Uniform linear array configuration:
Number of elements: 32
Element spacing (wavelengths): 0.75
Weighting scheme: exponential
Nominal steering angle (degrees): -15
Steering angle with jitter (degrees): -16.607
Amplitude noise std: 0.05
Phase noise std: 0.05

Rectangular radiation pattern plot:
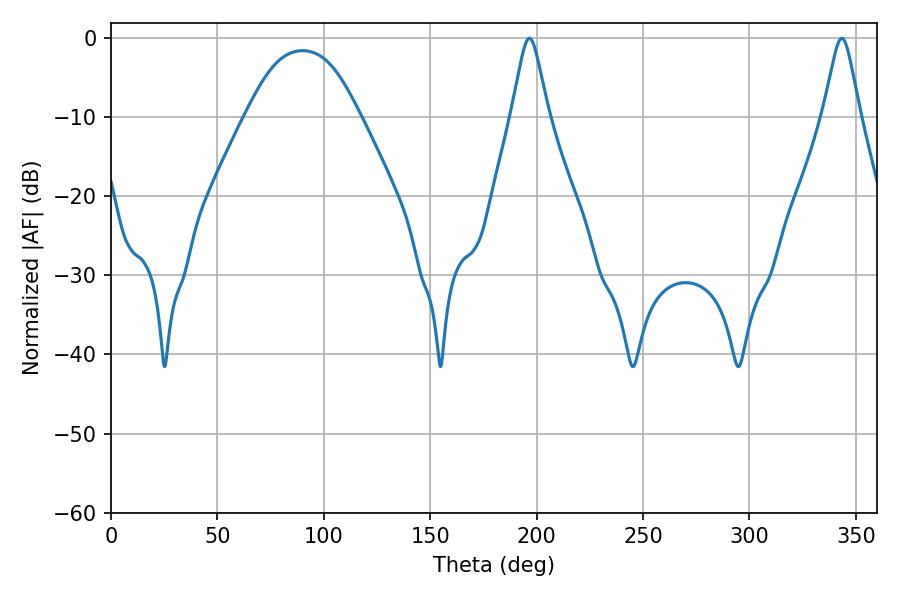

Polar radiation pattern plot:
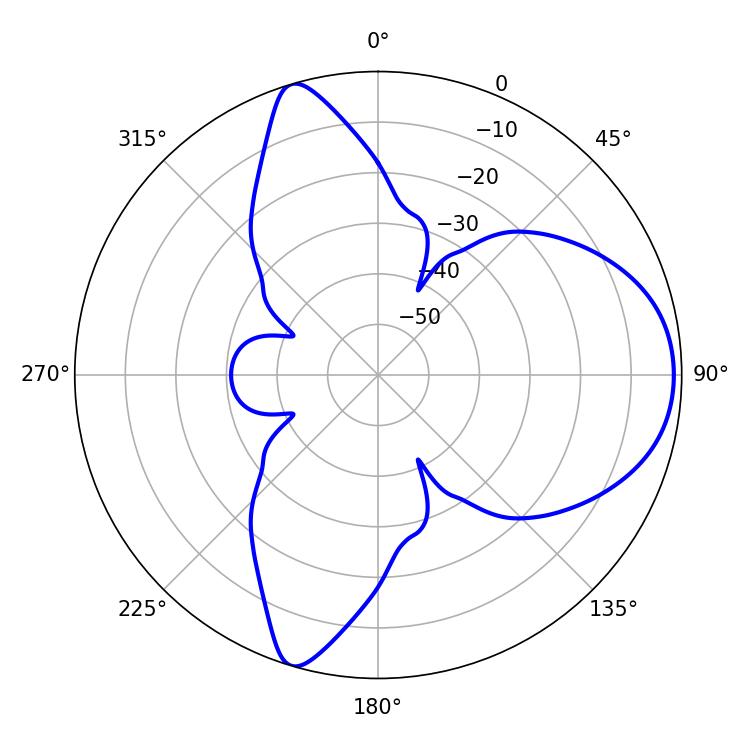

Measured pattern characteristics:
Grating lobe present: TRUE
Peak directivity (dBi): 7.927
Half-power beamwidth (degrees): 8.1
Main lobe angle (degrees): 196.56